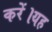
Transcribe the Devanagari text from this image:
करें।यह